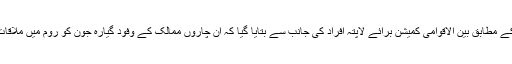
میڈیارپورٹس کے مطابق بین الاقوامی کمیشن برائے لاپتہ افراد کی جانب سے بتایا گیا کہ ان چاروں ممالک کے وفود گیارہ جون کو روم میں ملاقات کر رہے ہیں۔